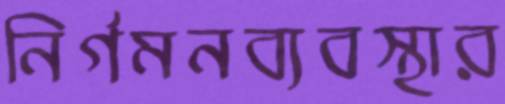
নির্গমনব্যবস্থার